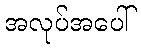
အလုပ်အပေါ်